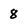
Character: 8